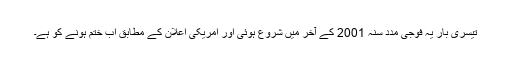
تیسری بار یہ فوجی مدد سنہ 2001 کے آخر میں شروع ہوئی اور امریکی اعلان کے مطابق اب ختم ہونے کو ہے۔